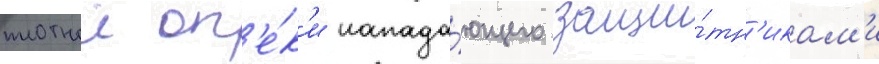
плотнои оп'е́к'и напада́ющего защи́тн'икам'и